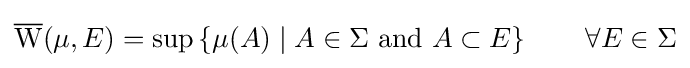
{\overline {\mathrm {W} }}(\mu ,E)=\sup \left\{\mu (A)\mid A\in \Sigma {\text{ and }}A\subset E\right\}\qquad \forall E\in \Sigma